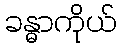
ခန္ဓာကိုယ်